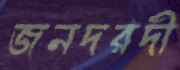
জনদরদী